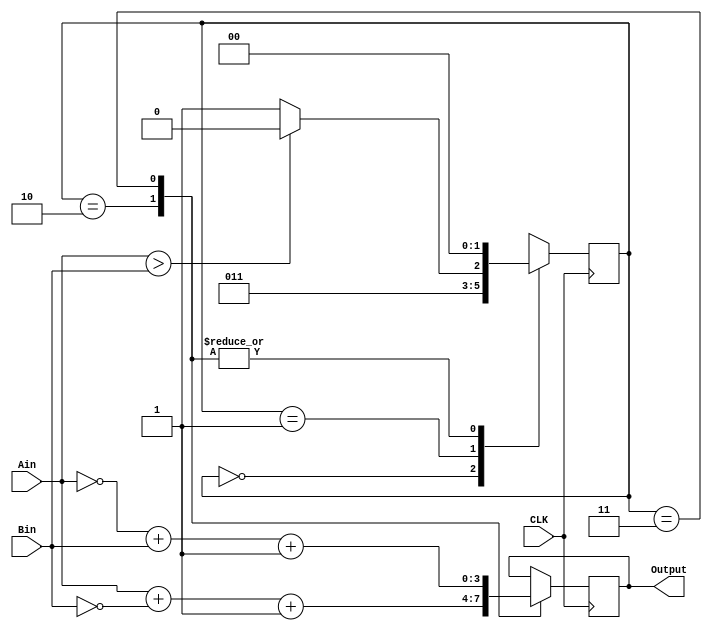
module Absolute(Ain, Bin, CLK, Output);
	input [3:0] Ain, Bin;
	reg [1:0] step;
	input CLK;
	output reg [3:0] Output;

always @(posedge CLK) begin
	case(step)
		2'b00: step<=2'b01;
		2'b01: begin 
			if(Ain>Bin) begin 
				step<=2'b10;
			end
			else begin 
				step<=2'b11;
			end
		end 
		2'b10: begin
			Output<=(Ain+(~Bin)+1);
			step<=2'b00;
		end
		2'b11: begin 
			Output<=((~Ain)+Bin+1); 
			step<=2'b00;
		end
	endcase
end
endmodule